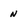
Character: n